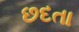
છદતા